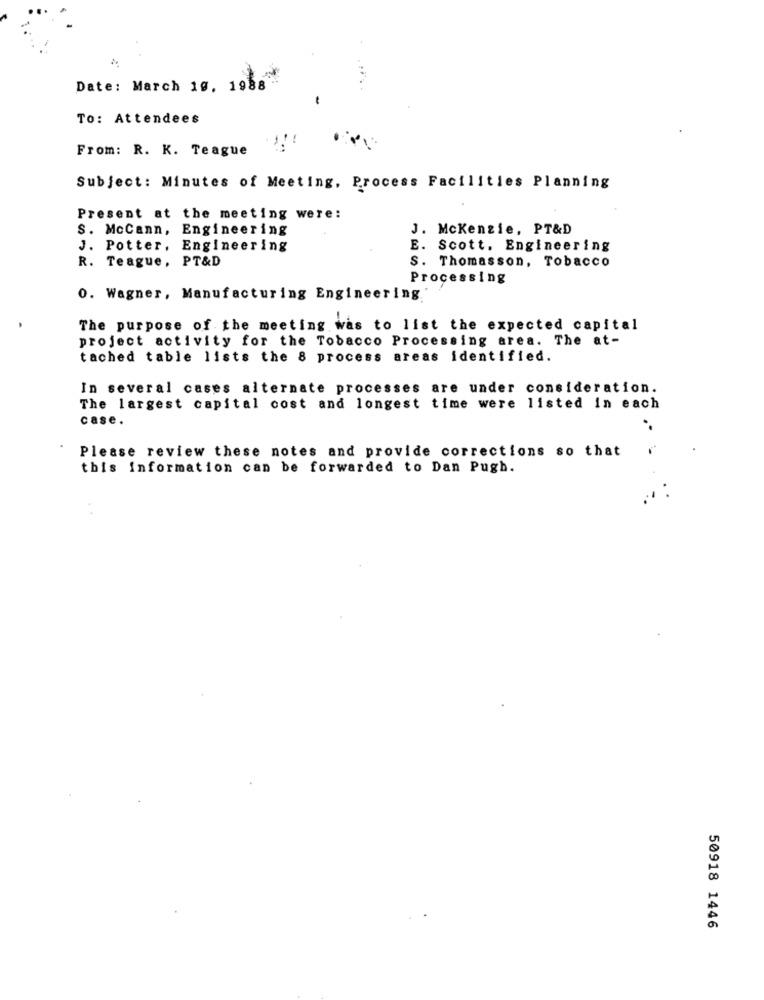
Date: March 10, 1988
To: Attendees
From: R. K. Teague
Subject: Minutes of Meeting, Process Facilities Planning
Present at the meeting were:
S. McCann, Engineering
J. Mckenzie, PT&D
J. Potter, Engineering
E. Scott. Engineering
R. Teague, PT&D
S. Thomasson, Tobacco
Processing
0. Wagner, Manufacturing Engineering
The purpose of the meeting was to list the expected capital
project activity for the Tobacco Processing area. The at-
tached table lists the 8 process areas identified.
In several cases alternate processes are under consideration.
The largest capital cost and longest time were listed in each
case.
Please review these notes and provide corrections so that
this information can be forwarded to Dan Pugh.
50918 1446